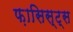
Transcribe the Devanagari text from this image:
फ़ासिस्ट्स